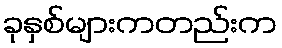
ခုနှစ်များကတည်းက